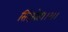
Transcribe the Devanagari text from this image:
सिंदखेड।।२।।